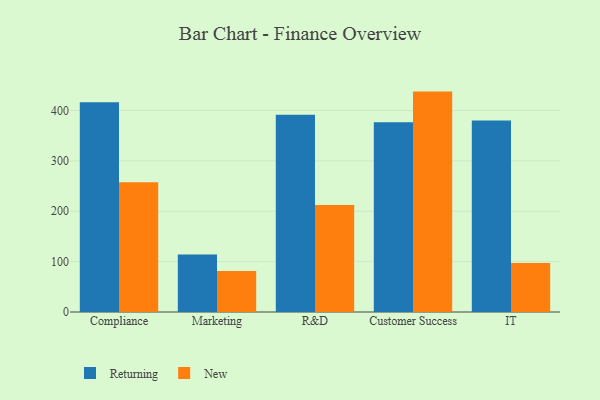
{"axis": {"x": "Department", "y": "Temperature (°C)"}, "legend": ["New", "Returning"], "data": [{"x": "Compliance", "y": 416.6, "type": "Returning"}, {"x": "Compliance", "y": 257.5, "type": "New"}, {"x": "Marketing", "y": 114.0, "type": "Returning"}, {"x": "Marketing", "y": 81.2, "type": "New"}, {"x": "R&D", "y": 391.3, "type": "Returning"}, {"x": "R&D", "y": 212.2, "type": "New"}, {"x": "Customer Success", "y": 376.6, "type": "Returning"}, {"x": "Customer Success", "y": 437.5, "type": "New"}, {"x": "IT", "y": 380.2, "type": "Returning"}, {"x": "IT", "y": 97.2, "type": "New"}]}